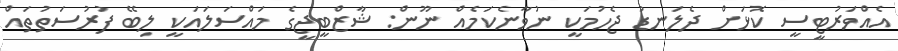
އެއްވަރުޓީސީ ކޮޅަށް ދެލަނޑު ޖެހުމަކީ ނުވާނެކަމެއް ނޫން: ޝާޒްބީޖީގެ މައްސަލައަކީ ލިބޭ ފުރުސަތުތައް